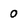
Character: 0